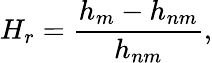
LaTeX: H_{r}=\frac{h_{m}-h_{nm}}{h_{nm}},